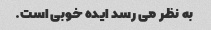
به نظر می رسد ایده خوبی است.